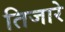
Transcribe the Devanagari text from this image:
तिजारे